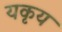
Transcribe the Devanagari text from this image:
यकृय